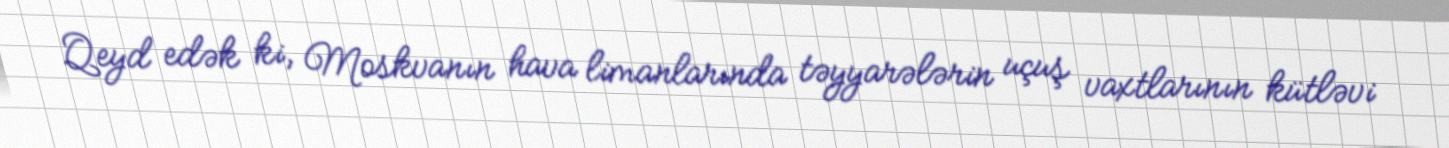
Qeyd edək ki, Moskvanın hava limanlarında təyyarələrin uçuş vaxtlarının kütləvi